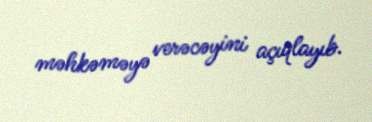
məhkəməyə verəcəyini açıqlayıb.